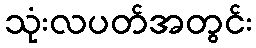
သုံးလပတ်အတွင်း